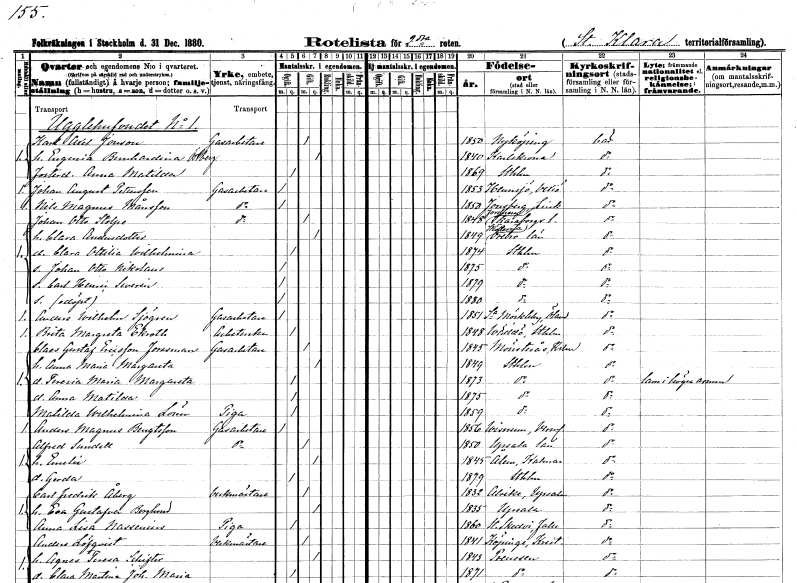
gt_parse: households: individuals: FN: Karl Axel
EN: Jonson
YRKE: Gasarbetare
KON: M
CIV: G
FODAR: 1850
FODFORS: Nyköping Södermanlands län
FN: Eugenia Bernhardina
EN: Östberg
KON: K
CIV: G
FODAR: 1840
FODFORS: Karlskrona Blekinge län
FN: Anna Matilda
KON: K
CIV: O
FODAR: 1869
FODFORS: Stockholm
FN: Johan August
EN: Pettersson
YRKE: Gasarbetare
KON: M
CIV: O
FODAR: 1853
FODFORS: Hemmesjö Kronobergs län
FN: Nils Magnus
EN: Månsson
YRKE: Gasarbetare
KON: M
CIV: O
FODAR: 1850
FODFORS: Jonsberg Östergötlands län
FN: Johan Otto
EN: Stolpe
YRKE: Gasarbetare
KON: M
CIV: G
FODAR: 1848
FODFORS: Forshem Skaraborgs län
FN: Clara
EN: Andersdotter
KON: K
CIV: G
FODAR: 1849
FODFORS: Sköllersta Örebro län
FN: Clara Ottilia Wilhelmina
KON: K
CIV: O
FODAR: 1874
FODFORS: Stockholm
FN: Johan Otto Nikolaus
KON: M
CIV: O
FODAR: 1875
FODFORS: Stockholm
FN: Carl Henric Severin
KON: M
CIV: O
FODAR: 1879
FODFORS: Stockholm
KON: M
CIV: O
FODAR: 1880
FODFORS: Stockholm
FN: Anders Wilhelm
EN: Sjögren
YRKE: Gasarbetare
KON: M
CIV: O
FODAR: 1851
FODFORS: Södra Möckleby Kalmar län
FN: Brita Margreta
EN: Ekroth
YRKE: Arbeterska
KON: K
CIV: O
FODAR: 1848
FODFORS: Väddö Stockholms län
FN: Claes Gustaf
EN: Ericsson Forssman
YRKE: Gasarbetare
KON: M
CIV: G
FODAR: 1845
FODFORS: Mönsterås Kalmar län
FN: Anna Maria Margareta
KON: K
CIV: G
FODAR: 1849
FODFORS: Stockholm
FN: Teresia Maria Margareta
KON: K
CIV: O
FODAR: 1873
FODFORS: Stockholm
FN: Anna Matilda
KON: K
CIV: O
FODAR: 1875
FODFORS: Stockholm
FN: Matilda Wilhelmina
EN: Lönn
YRKE: Piga
KON: K
CIV: O
FODAR: 1859
FODFORS: Stockholm
FN: Anders Magnus
EN: Bengtsson
YRKE: Gasarbetare
KON: M
CIV: O
FODAR: 1856
FODFORS: Visnum Värmlands län
FN: Alfred
EN: Sundell
YRKE: Gasarbetare
KON: M
CIV: G
FODAR: 1850
FODFORS: Uppsala Uppsala län
FN: Emelie
KON: K
CIV: G
FODAR: 1845
FODFORS: Ålem Kalmar län
FN: Gerda
KON: K
CIV: O
FODAR: 1879
FODFORS: Stockholm
FN: Carl Fredrik
EN: Åberg
YRKE: Verkmästare
KON: M
CIV: G
FODAR: 1832
FODFORS: Alsike Uppsala län
FN: Eva Gustafva
EN: Berglund
KON: K
CIV: G
FODAR: 1835
FODFORS: Uppsala Uppsala län
FN: Anna Lisa
EN: Nassenius
YRKE: Piga
KON: K
CIV: O
FODAR: 1860
FODFORS: Stora Skedvi Kopparbergs län